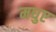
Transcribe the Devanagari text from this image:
मधुए